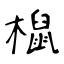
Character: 𣜌